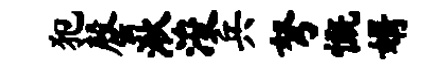
犯罄湫浚兵弩慨婿